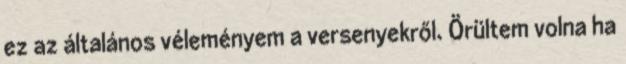
ez az általános véleményem a versenyekről. Örültem volna ha